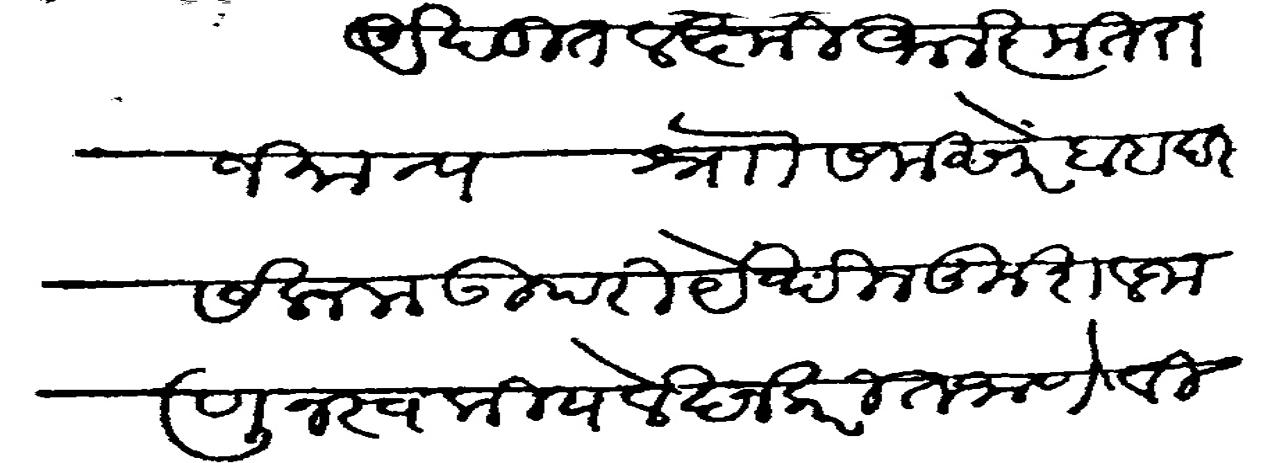
Transliteration (Devanagari): अखंडित लक्ष्मी आलंकृत राजमान्य श्री समसेर बहादर सलाम उपरि येथील कुशल जाणून स्वकीय कुशल लेखन करित आणे विशेष